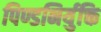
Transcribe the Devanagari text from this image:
पिण्डनिर्युक्ति